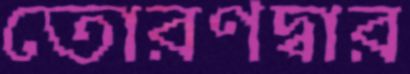
তোরণদ্বার